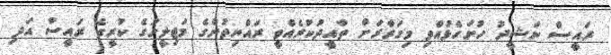
ރައީސް ނަޝީދު ހުށަހެޅުއްވި މިގަރާރަށް ތާއީދުކުރެއްވީ ރައްޔިތުންގެ މަޖިލީހުގެ ކުރީގެ ރައީސް އަދި